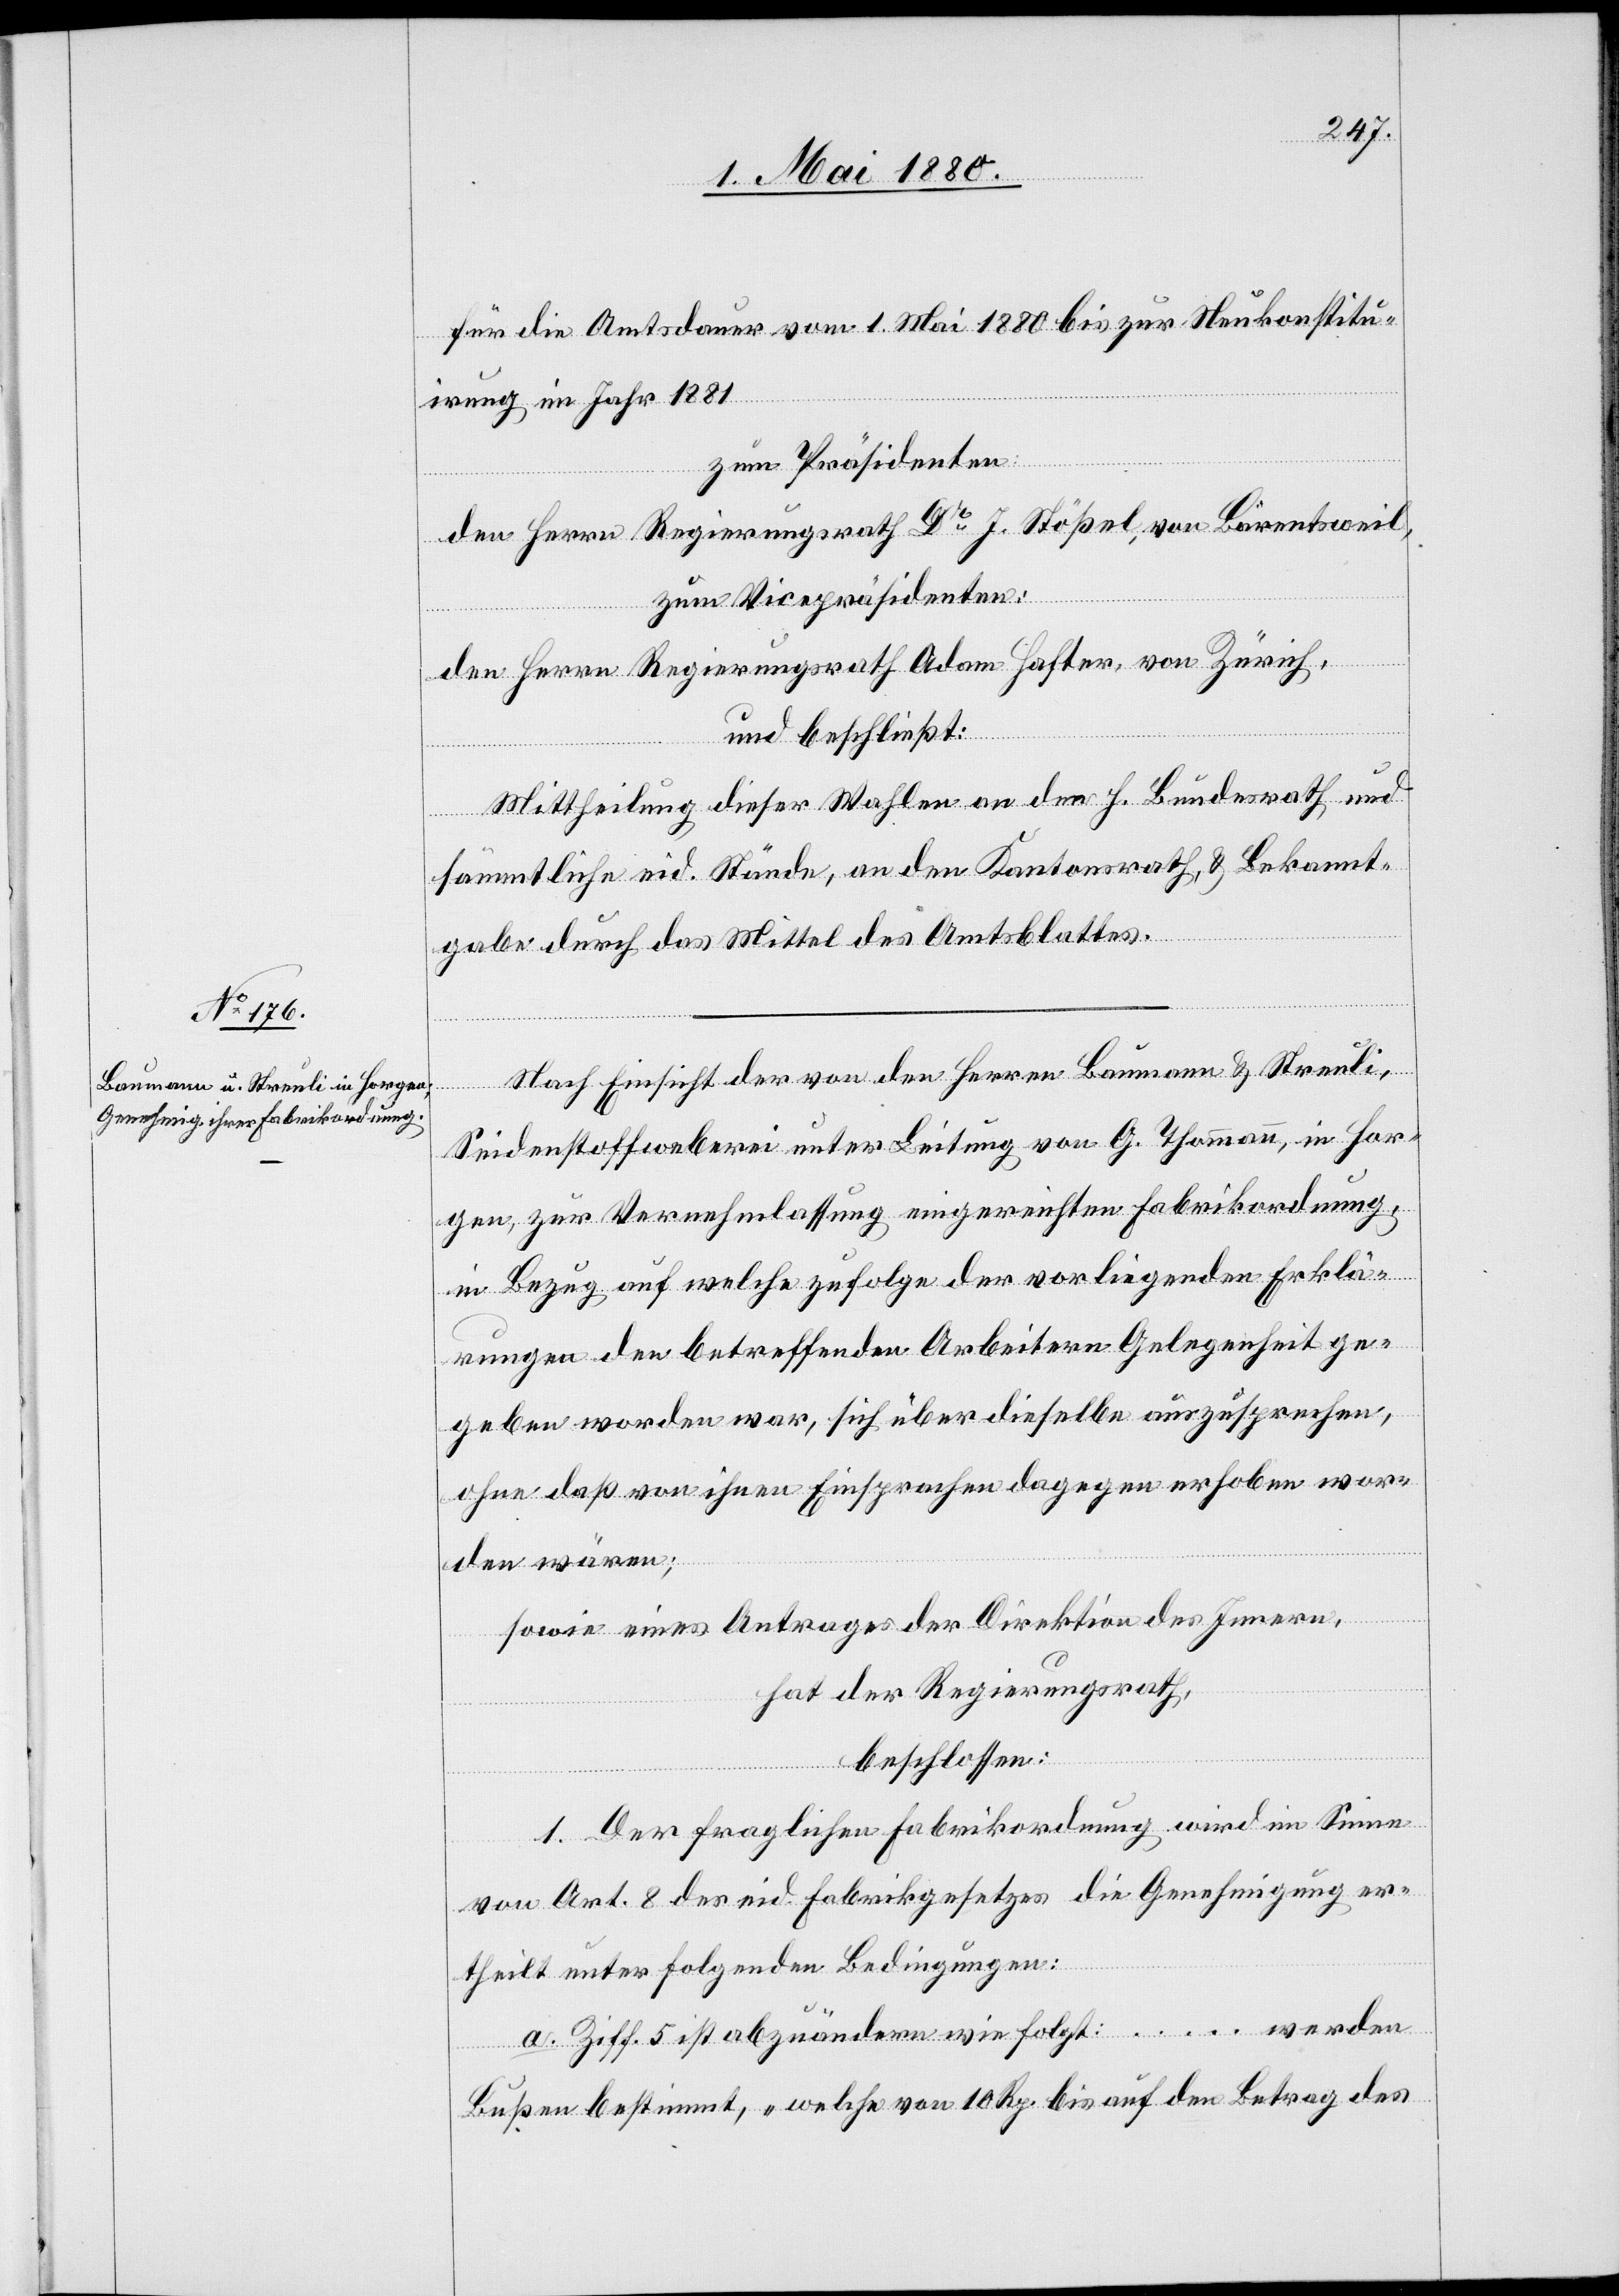
für die Amtsdauer vom 1. Mai 1880 bis zur Neukonstitu¬
irung im Jahr 1881
zum Präsidenten:
den Herrn Regierungsrath Dr J. Stößel, von Bärentsweil,
zum Vicepräsidenten:
den Herrn Regierungsrath Adam Hafter, von Zürich,
und beschließt:
Mittheilung dieser Wahlen an den h. Bundesrath und
sämmtliche eid. Stände, an den Kantonsrath & Bekannt¬
gabe durch das Mittel des Amtsblattes.
Nach Einsicht der von den Herren Baumann & Streuli,
Seidenstoffweberei unter Leitung von G. Thommann, in Hor¬
gen, zur Vernehmlassung eingereichten Fabrikordnung,
in Bezug auf welche zufolge der vorliegenden Erklä¬
rungen den betreffenden Arbeitern Gelegenheit ge¬
geben worden war, sich über dieselbe auszusprechen,
ohne daß von ihnen Einsprachen dagegen erhoben wor¬
den wären;
sowie eines Antrages der Direktion des Innern,
hat der Regierungsrath,
beschlossen:
1. Der fraglichen Fabrikordnung wird im Sinne
von Art. 8 des eid. Fabrikgesetzes die Genehmigung er¬
theilt unter folgenden Bedingungen:
a. Ziff. 5 ist abzuändern wie folgt: … werden
Bußen bestimmt, „welche von 10 Rp. bis auf den Betrag des